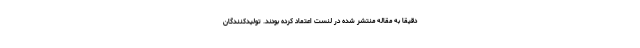
دقیقاً به مقاله منتشر شده در لنست اعتماد کرده بودند. تولیدکنندگان